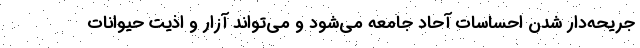
جریحه‌دار شدن احساسات آحاد جامعه می‌شود و می‌تواند آزار و اذیت حیوانات